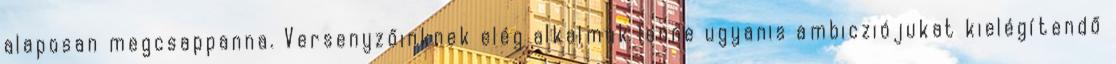
alaposan megcsappanna. Versenyzőinknek elég alkalmuk lenne ugyanis ambicziójukat kielégítendő